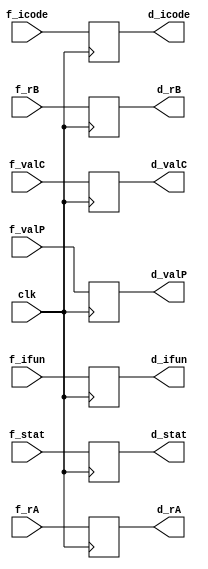
module d_reg(
  clk,
  f_stat,f_icode,f_ifun,f_rA,f_rB,f_valC,f_valP,
  d_stat,d_icode,d_ifun,d_rA,d_rB,d_valC,d_valP
);  
  input clk;
  input [2:0] f_stat;
  input [3:0] f_icode;
  input [3:0] f_ifun;
  input [3:0] f_rA;
  input [3:0] f_rB;
  input [63:0] f_valC;
  input [63:0] f_valP;
  output reg [2:0] d_stat;
  output reg [3:0] d_icode;
  output reg [3:0] d_ifun;
  output reg [3:0] d_rA;
  output reg [3:0] d_rB;
  output reg [63:0] d_valC;
  output reg [63:0] d_valP;

  always@(posedge clk)
  begin
    d_stat  <= f_stat;
    d_icode <= f_icode;
    d_ifun  <= f_ifun;
    d_rA    <= f_rA;
    d_rB    <= f_rB;
    d_valC  <= f_valC;
    d_valP  <= f_valP;
  end
endmodule